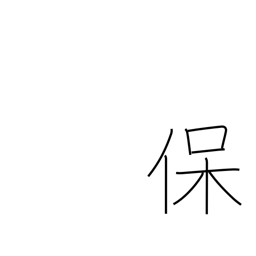
Meaning: sustain